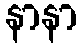
နာနာ